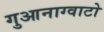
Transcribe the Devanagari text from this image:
गुआनाग्वाटो